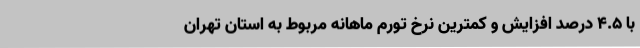
با ٤.٥ درصد افزایش و کمترین نرخ تورم ماهانه مربوط به استان­ تهران